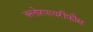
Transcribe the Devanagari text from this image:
क्लोरपायरीफौस